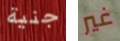
جنية غير